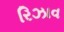
રિઝાવ